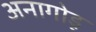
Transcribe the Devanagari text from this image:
अनागोडू